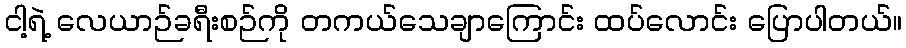
ငါ့ရဲ့ လေယာဉ်ခရီးစဉ်ကို တကယ်သေချာကြောင်း ထပ်လောင်း ပြောပါတယ်။